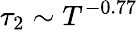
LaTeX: \tau_{2}\sim T^{-0.77}